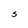
Character: S